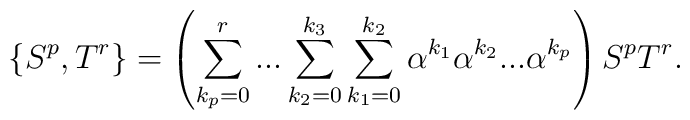
\{S^{p},T^{r}\}=\left(\sum_{k_{p}=0}^{r}...\sum_{k_{2}=0}^{k_{3}}\sum_{k_{1}=0}^{k_{2}}\alpha^{k_{1}}\alpha ^{k_{2}}...\alpha ^{k_{p}}\right) S^{p}T^{r}.